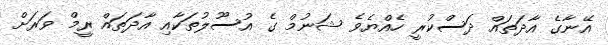
އޭނާގެ އާދަތައް ދަސްކުރީ ހެއްޔެވެ ޝަނުމް ގެ އުސޫލުތަކާއި އާދަތައް ރީމް ވަރަށް